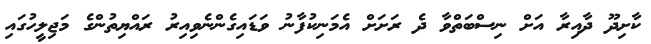
ކާށިދޫ ދާއިރާ އަށް ނިސްބަތްވާ ދެ ރަށަށް އެމަނިކުފާނު ވަޑައިގެންނެވިއިރު ރައްޔިތުންގެ މަޖިލީހުގައި